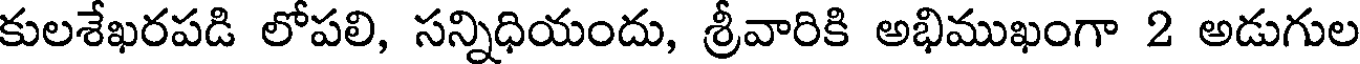
కులశేఖరపడి లోపలి, సన్నిధియందు, శ్రీవారికి అభిముఖంగా 2 అడుగుల